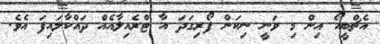
އެޗްބީއޯ އިން މި ވަނީ ނިކަން ފޯރިގަދަ އާ ޓްރެއިލާއެއް ދައްކާލައިފަ އެވެ.